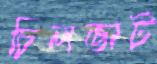
চিলভার্ট